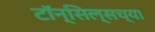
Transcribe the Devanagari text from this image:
टॉन्सिल्सच्या